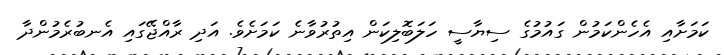
ކަމަށާއި އެހެންކަމުން ގައުމުގެ ސިޔާސީ ހަލަބޮލިކަން އިތުރުވާނެ ކަމަށެވެ. އަދި ރާއްޖޭގައި އެނބުރެމުންދާ